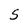
Character: S